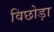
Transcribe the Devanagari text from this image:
विछोड़ा